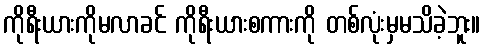
ကိုရီးယားကိုမလာခင် ကိုရီးယားစကားကို တစ်လုံးမှမသိခဲ့ဘူး။